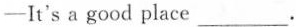
—It's a good place ___ .